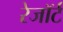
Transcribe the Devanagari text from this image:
रेजॉर्ट